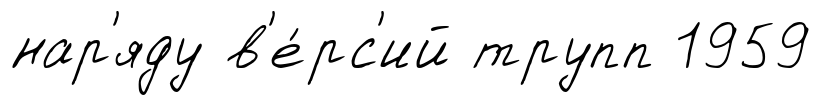
нар'яду в'е́рс'ий трупп 1959